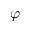
\varphi